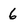
Character: 6